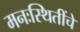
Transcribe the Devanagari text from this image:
मनःस्थितींचे